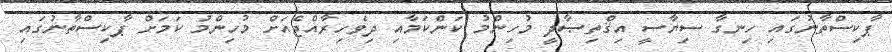
ޕާކިސްތާނުގައި ހިނގާ ސިޔާސީ އިޤްތިޞާދީ މުހިންމު ކަންކަމާއި ދިވެހިރާއްޖެއަށް މުހިންމު ކަމަށް ޕާކިސްތާނުގައި